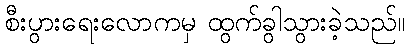
စီးပွားရေးလောကမှ ထွက်ခွါသွားခဲ့သည်။